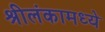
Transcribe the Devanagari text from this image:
श्रीलंकामध्ये